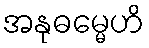
အနုဓမ္မေဟိ